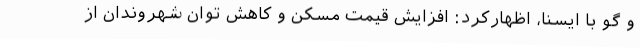
و گو با ایسنا، اظهارکرد: افزایش قیمت مسکن و کاهش توان شهروندان از